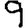
Digit: 9